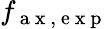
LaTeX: f_{\mathrm{~a~x~,~e~x~p~}}